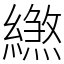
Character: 繺